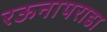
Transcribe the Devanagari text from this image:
रऊनापराडा